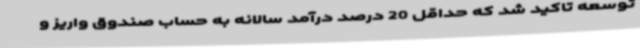
توسعه تاکید شد که حداقل 20 درصد درآمد سالانه به حساب صندوق واریز و